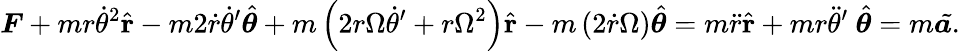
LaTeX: {\boldsymbol{F}}+mr{\dot{\theta}}^{2}{\hat{\mathbf{r}}}-m2{\dot{r}}{\dot{\theta}}^{\prime}{\hat{\boldsymbol{\theta}}}+m\left(2r\Omega{\dot{\theta}}^{\prime}+r\Omega^{2}\right){\hat{\mathbf{r}}}-m\left(2{\dot{r}}\Omega\right){\hat{\boldsymbol{\theta}}}=m{\ddot{r}}{\hat{\mathbf{r}}}+mr{\ddot{\theta}}^{\prime}\ {\hat{\boldsymbol{\theta}}}=m{\tilde{{\boldsymbol{a}}.}}